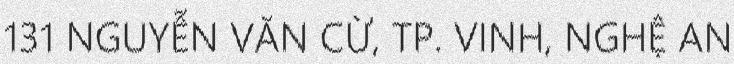
131 NGUYỄN VĂN CỪ, TP. VINH, NGHỆ AN